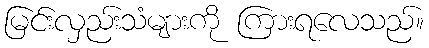
မြင်းလှည်းသံများကို ကြားရလေသည်။